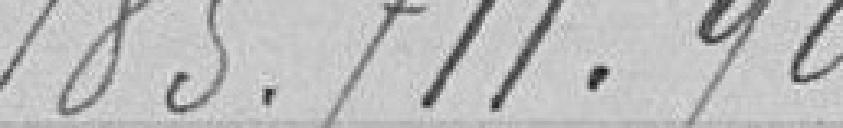
185711,99.